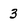
Character: 3